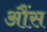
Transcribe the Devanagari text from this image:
आैंस